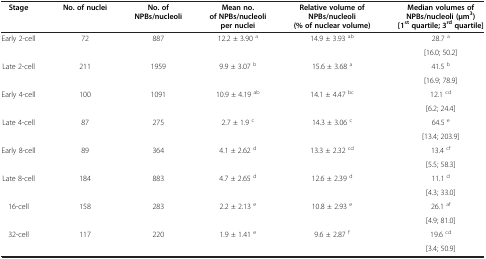
<table><thead><tr><td><b>Stage</b></td><td><b>No. of nuclei</b></td><td><b>No. of NPBs/nucleoli</b></td><td><b>Mean no. of NPBs/nucleoli per nuclei</b></td><td><b>Relative volume of NPBs/nucleoli (% of nuclear volume)</b></td><td><b>Median volumes of NPBs/nucleoli (μm<sup>3</sup>) [1<sup>st</sup>quartile; 3<sup>rd</sup>quartile]</b></td></tr></thead><tbody><tr><td rowspan="2">Early 2-cell</td><td rowspan="2">72</td><td rowspan="2">887</td><td rowspan="2">12.2 ± 3.90 <sup>a</sup></td><td rowspan="2">14.9 ± 3.93 <sup>ab</sup></td><td>28.7 <sup>a</sup></td></tr><tr><td>[16.0; 50.2]</td></tr><tr><td rowspan="2">Late 2-cell</td><td rowspan="2">211</td><td rowspan="2">1959</td><td rowspan="2">9.9 ± 3.07 <sup>b</sup></td><td rowspan="2">15.6 ± 3.68 <sup>a</sup></td><td>41.5 <sup>b</sup></td></tr><tr><td>[16.9; 78.9]</td></tr><tr><td rowspan="2">Early 4-cell</td><td rowspan="2">100</td><td rowspan="2">1091</td><td rowspan="2">10.9 ± 4.19 <sup>ab</sup></td><td rowspan="2">14.1 ± 4.47 <sup>bc</sup></td><td>12.1 <sup>cd</sup></td></tr><tr><td>[6.2; 24.4]</td></tr><tr><td rowspan="2">Late 4-cell</td><td rowspan="2">87</td><td rowspan="2">275</td><td rowspan="2">2.7 ± 1.9 <sup>c</sup></td><td rowspan="2">14.3 ± 3.06 <sup>c</sup></td><td>64.5 <sup>e</sup></td></tr><tr><td>[13.4; 203.9]</td></tr><tr><td rowspan="2">Early 8-cell</td><td rowspan="2">89</td><td rowspan="2">364</td><td rowspan="2">4.1 ± 2.62 <sup>d</sup></td><td rowspan="2">13.3 ± 2.32 <sup>cd</sup></td><td>13.4 <sup>cf</sup></td></tr><tr><td>[5.5; 58.3]</td></tr><tr><td rowspan="2">Late 8-cell</td><td rowspan="2">184</td><td rowspan="2">883</td><td rowspan="2">4.7 ± 2.65 <sup>d</sup></td><td rowspan="2">12.6 ± 2.39 <sup>d</sup></td><td>11.1 <sup>d</sup></td></tr><tr><td>[4.3; 33.0]</td></tr><tr><td rowspan="2">16-cell</td><td rowspan="2">158</td><td rowspan="2">283</td><td rowspan="2">2.2 ± 2.13 <sup>e</sup></td><td rowspan="2">10.8 ± 2.93 <sup>e</sup></td><td>26.1 <sup>af</sup></td></tr><tr><td>[4.9; 81.0]</td></tr><tr><td>32-cell</td><td>117</td><td>220</td><td>1.9 ± 1.41 <sup>e</sup></td><td>9.6 ± 2.87 <sup>f</sup></td><td>19.6 <sup>cd</sup></td></tr><tr><td> </td><td> </td><td> </td><td> </td><td> </td><td>[3.4; 50.9]</td></tr></tbody></table>